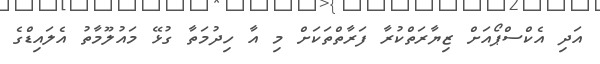
އަދި އެކްސްޕޯއަށް ޒިޔާރަތްކުރާ ފަރާތްތަކަށް މި އާ ހިދުމަތާ ގުޅޭ މައުލޫމާތު އެލައިޑްގެ